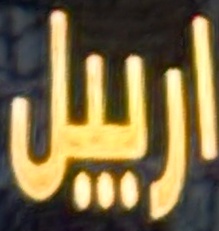
اربیل